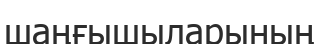
шаңғышыларының